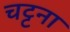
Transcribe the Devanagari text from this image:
चट्टना